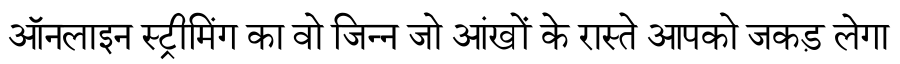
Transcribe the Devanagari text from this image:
ऑनलाइन स्ट्रीमिंग का वो जिन्न जो आंखों के रास्ते आपको जकड़ लेगा